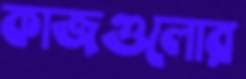
কাজগুলোর